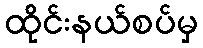
ထိုင်းနယ်စပ်မှ